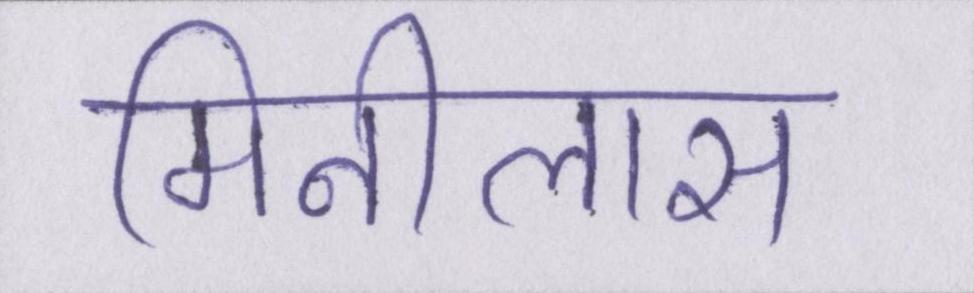
मिनीलास